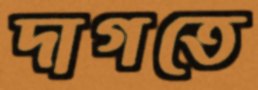
দাগতে